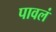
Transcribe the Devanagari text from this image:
पावलं